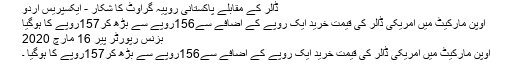
ڈالر کے مقابلے پاکستانی روپیہ گراوٹ کا شکار - ایکسپریس اردو
اوپن مارکیٹ میں امریکی ڈالر کی قیمت خرید ایک روپے کے اضافے سے156روپے سے بڑھ کر157روپے کا ہوگیا
بزنس رپورٹر پير 16 مارچ 2020
اوپن مارکیٹ میں امریکی ڈالر کی قیمت خرید ایک روپے کے اضافے سے156روپے سے بڑھ کر157روپے کا ہوگیا ۔